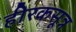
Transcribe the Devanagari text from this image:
हीरकसूत्र